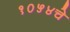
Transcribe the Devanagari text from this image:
१०५४चे